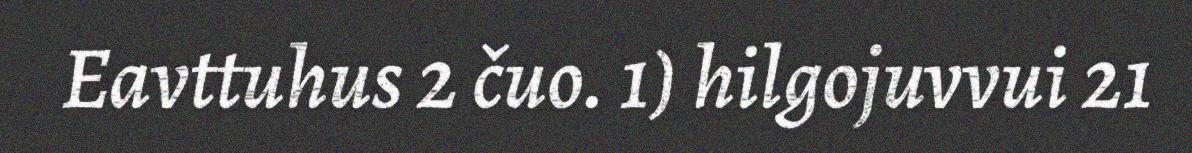
Eavttuhus 2 čuo. 1) hilgojuvvui 21